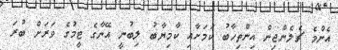
އެންމެ ޗެލެންޖިން އިންތިހާބު ކަމަށާއި ކާމިޔާބު ލިބުނީ އޭނާގެ ޓީމުގެ ވަރަށް ބުރަ